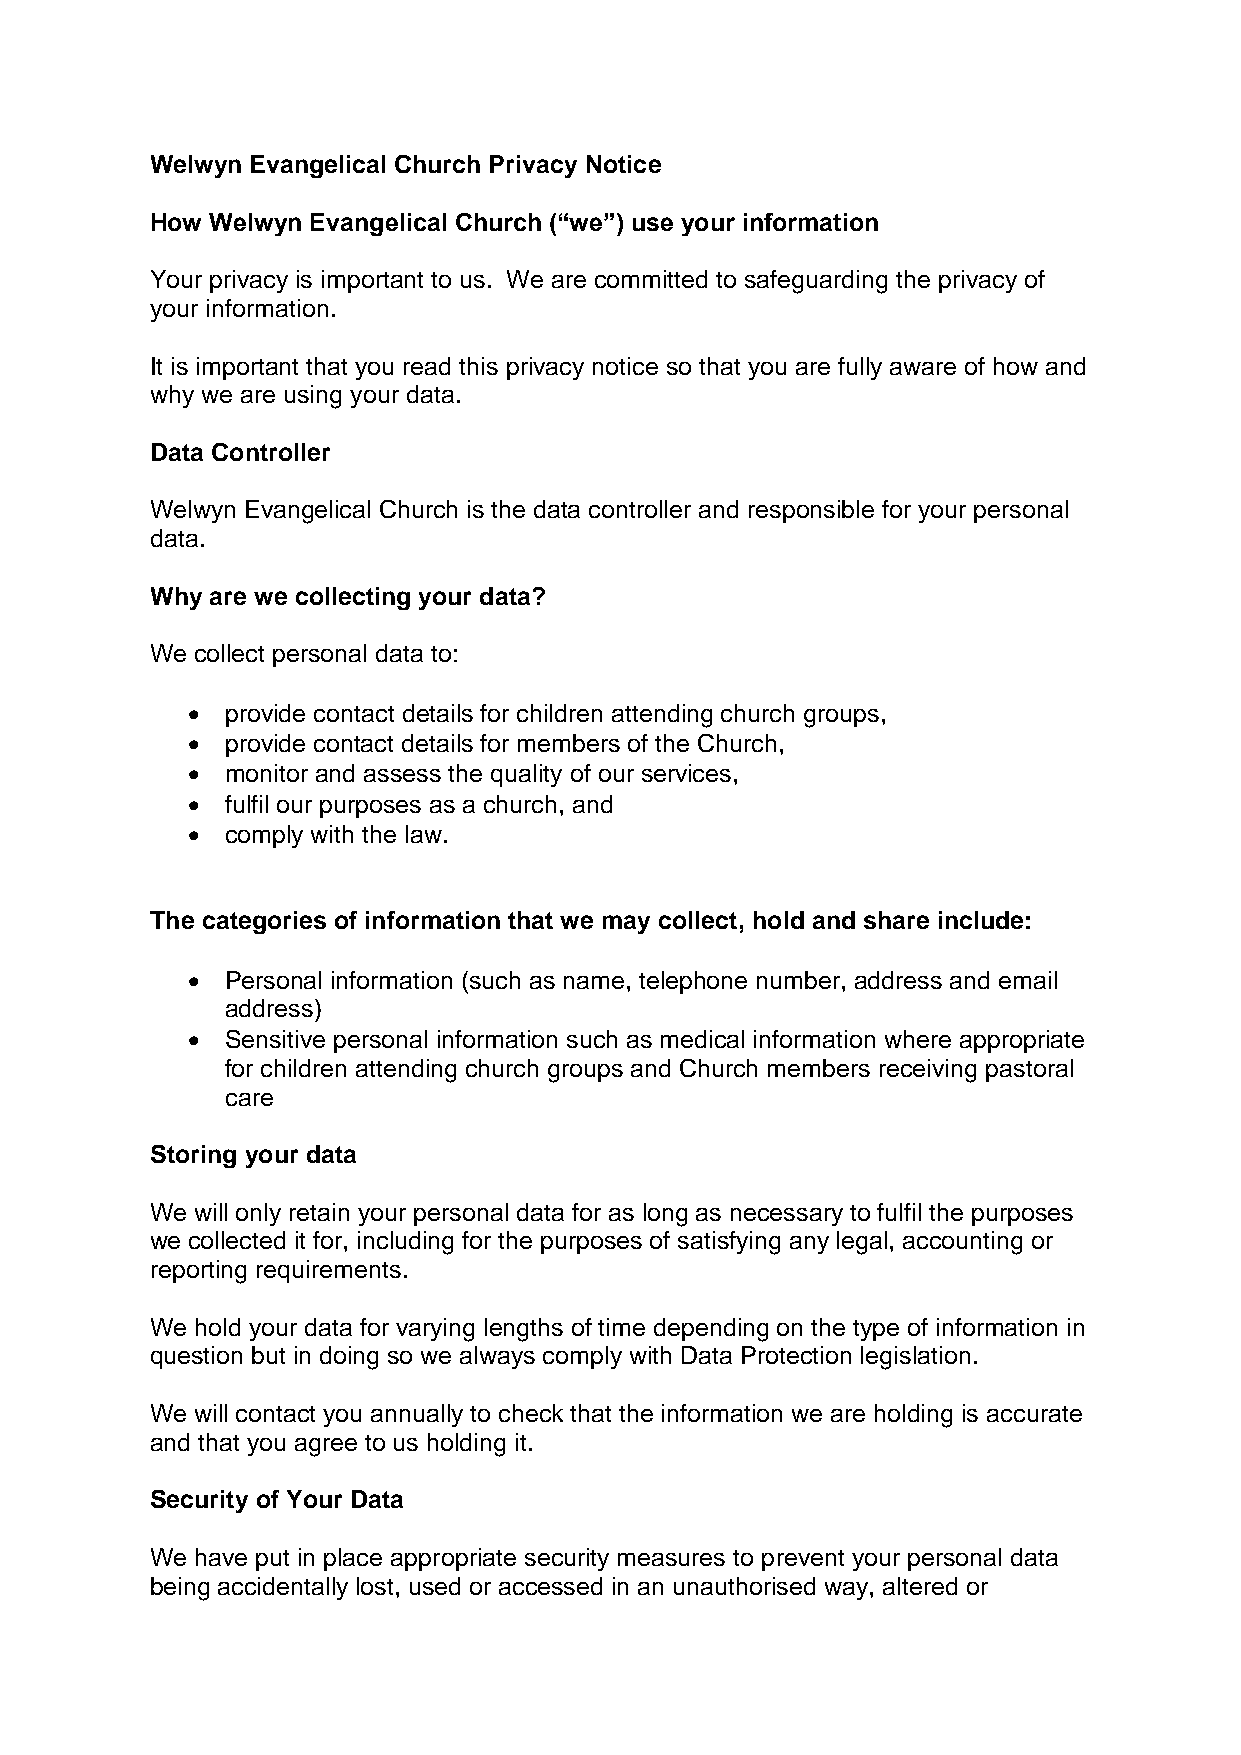
Welwyn Evangelical Church Privacy Notice
 How Welwyn Evangelical Church (“we”) use your information
 Your privacy is important to us. We are committed to safeguarding the privacy of
 your information.
 It is important that you read this privacy notice so that you are fully aware of how and
 why we are using your data.
 Data Controller
 Welwyn Evangelical Church is the data controller and responsible for your personal
 data.
 Why are we collecting your data?
 We collect personal data to:
   provide contact details for children attending church groups,
   provide contact details for members of the Church,
   monitor and assess the quality of our services,
   fulfil our purposes as a church, and
   comply with the law.
 The categories of information that we may collect, hold and share include:
   Personal information (such as name, telephone number, address and email
 address)
   Sensitive personal information such as medical information where appropriate
 for children attending church groups and Church members receiving pastoral
 care
 Storing your data
 We will only retain your personal data for as long as necessary to fulfil the purposes
 we collected it for, including for the purposes of satisfying any legal, accounting or
 reporting requirements.
 We hold your data for varying lengths of time depending on the type of information in
 question but in doing so we always comply with Data Protection legislation.
 We will contact you annually to check that the information we are holding is accurate
 and that you agree to us holding it.
 Security of Your Data
 We have put in place appropriate security measures to prevent your personal data
 being accidentally lost, used or accessed in an unauthorised way, altered or